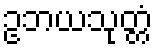
ဥဘယသုတ္တံ